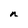
Character: n